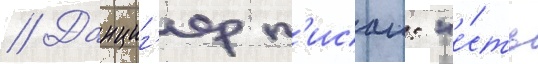
// Данциг'ер п'исал: "е́сть